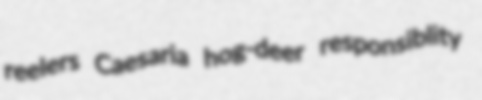
reelers Caesaria hog-deer responsiblity